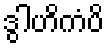
ဒွါဟိကံပိ